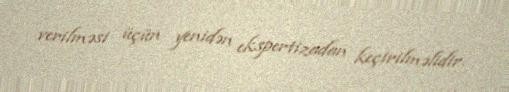
verilməsi üçün yenidən ekspertizadan keçirilməlidir.